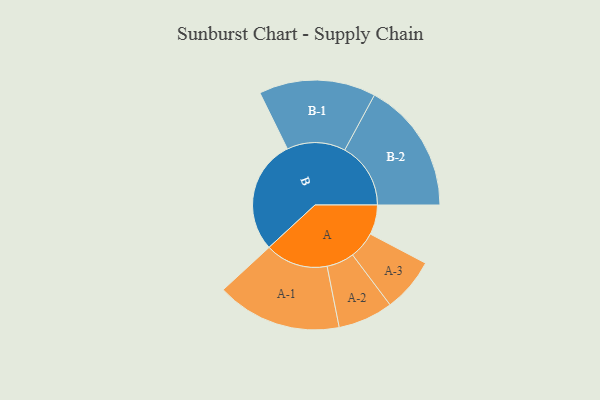
{"axis": {"x": "Segment", "y": "Value"}, "legend": ["", "A", "B"], "data": [{"x": "A", "y": 126, "type": ""}, {"x": "B", "y": 484, "type": ""}, {"x": "A-1", "y": 266, "type": "A"}, {"x": "A-2", "y": 117, "type": "A"}, {"x": "A-3", "y": 115, "type": "A"}, {"x": "B-1", "y": 248, "type": "B"}, {"x": "B-2", "y": 280, "type": "B"}]}